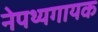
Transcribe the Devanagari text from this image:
नेपथ्यगायक